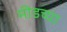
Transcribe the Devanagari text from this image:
मीडच्या